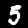
Label: 5